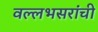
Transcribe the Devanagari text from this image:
वल्लभसरांची